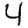
Digit: 4